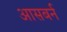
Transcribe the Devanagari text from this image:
आसबर्न